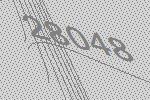
28048